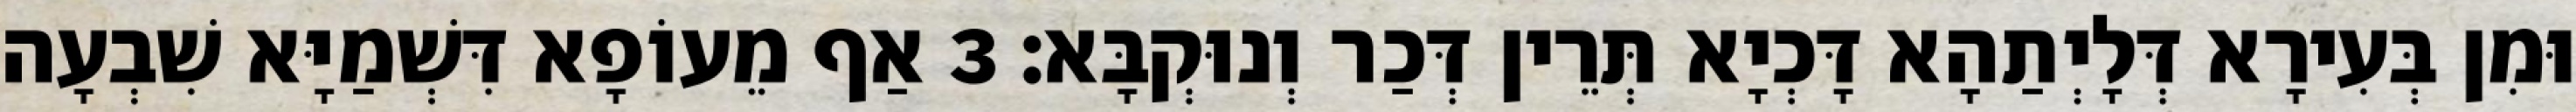
וּמִן בְּעִירָא דְּלָיְתַהָא דָּכְיָא תְּרֵין דְּכַר וְנוּקְבָּא׃ 3 אַף מֵעוֹפָא דִּשְׁמַיָּא שִׁבְעָה